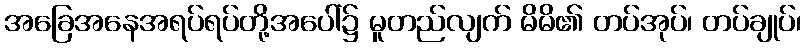
အခြေအနေအရပ်ရပ်တို့အပေါ်၌ မူတည်လျက် မိမိ၏ တပ်အုပ်၊ တပ်ချုပ်၊